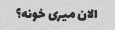
الان میری خونه؟